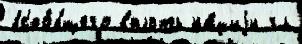
вс'ео́бщего вплоть на́циjи гл